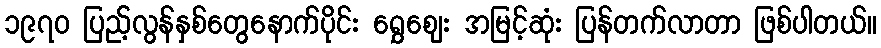
၁၉၇၀ ပြည့်လွန်နှစ်တွေနောက်ပိုင်း ရွှေဈေး အမြင့်ဆုံး ပြန်တက်လာတာ ဖြစ်ပါတယ်။